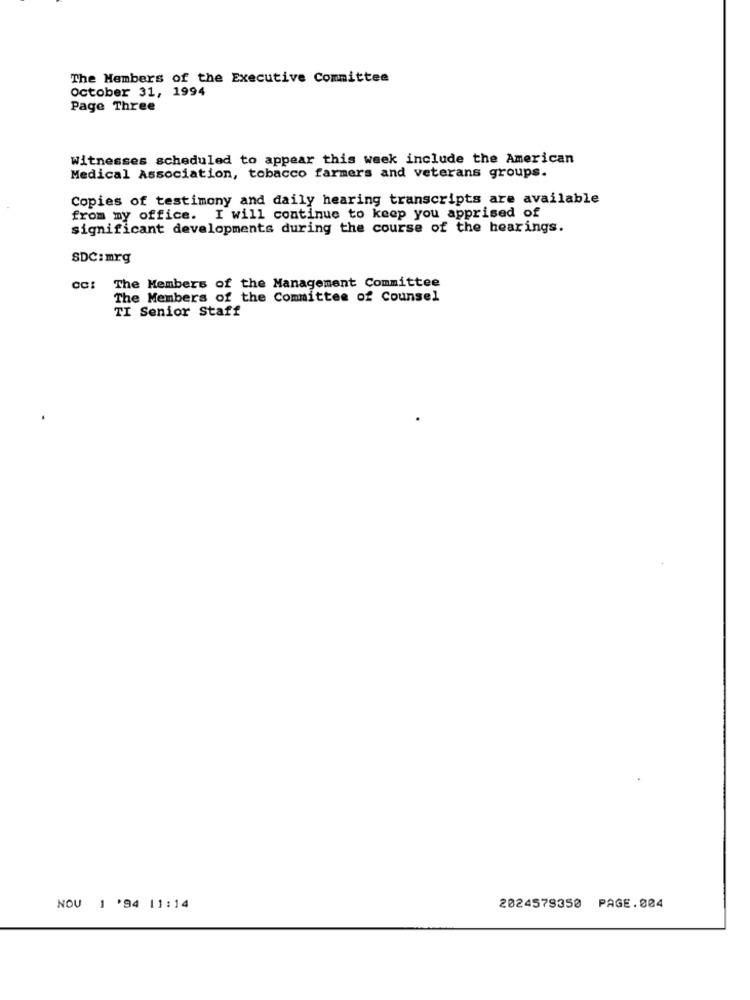
The Members of the Executive Committee
October 31, 1994
Page Three
Witnesses scheduled to appear this week include the American
Medical Association, tobacco farmers and veterans groups.
Copies of testimony and daily hearing transcripts are available
from my office. I will continue to keep you apprised of
significant developments during the course of the hearings.
SDC:mrg
The Members of the Management Committee
The Members of the Committee of Counsel
TI Senior Staff
NOV 1 '94 11:14
2024579350 PAGE.004